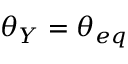
\theta _ { Y } = \theta _ { e q }